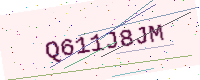
Text: Q611J8JM